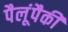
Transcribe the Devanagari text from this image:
पैलूंपैकी